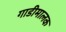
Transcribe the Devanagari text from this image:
गाडीमालक